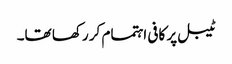
ٹیبل پر کافی اہتمام کر رکھا تھا۔